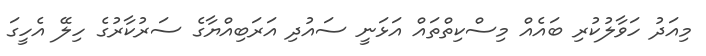
މިއަދު ހަވާލުކުރި ބައެއް މިސްކިތްތައް އަޅަނީ ސައުދި އަރަބިއްޔާގެ ސަރުކާރުގެ ހިލޭ އެހީގަ